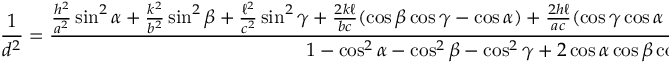
{ \frac { 1 } { d ^ { 2 } } } = { \frac { { \frac { h ^ { 2 } } { a ^ { 2 } } } \sin ^ { 2 } \alpha + { \frac { k ^ { 2 } } { b ^ { 2 } } } \sin ^ { 2 } \beta + { \frac { \ell ^ { 2 } } { c ^ { 2 } } } \sin ^ { 2 } \gamma + { \frac { 2 k \ell } { b c } } ( \cos \beta \cos \gamma - \cos \alpha ) + { \frac { 2 h \ell } { a c } } ( \cos \gamma \cos \alpha - \cos \beta ) + { \frac { 2 h k } { a b } } ( \cos \alpha \cos \beta - \cos \gamma ) } { 1 - \cos ^ { 2 } \alpha - \cos ^ { 2 } \beta - \cos ^ { 2 } \gamma + 2 \cos \alpha \cos \beta \cos \gamma } }